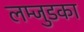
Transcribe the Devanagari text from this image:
लम्जुडका